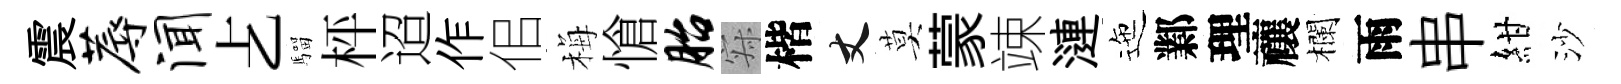
震蓐闻𠧒騮枰迢作佀梅愴胎寂楷丈莫蒙竦漣迤鄴理禳欄雨串紺沙